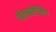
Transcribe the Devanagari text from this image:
चोक्स्लैमिंग